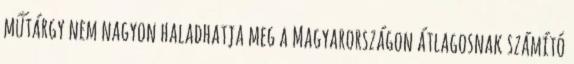
műtárgy nem nagyon haladhatja meg a Magyarországon átlagosnak számító